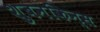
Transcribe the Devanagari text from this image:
शुबनकिन्स